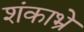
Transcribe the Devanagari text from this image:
शंकाभ्रे